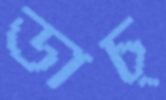
ডাচ্